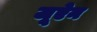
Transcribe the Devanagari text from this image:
जूऐन